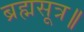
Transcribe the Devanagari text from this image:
ब्रह्मसूत्र॥